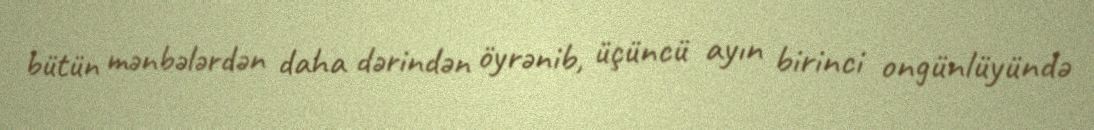
bütün mənbələrdən daha dərindən öyrənib, üçüncü ayın birinci ongünlüyündə